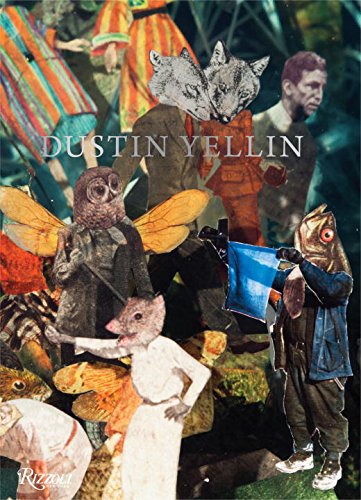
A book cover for Dustin Yellin: Heavy Water; Alanna Heiss; Crafts, Hobbies & Home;